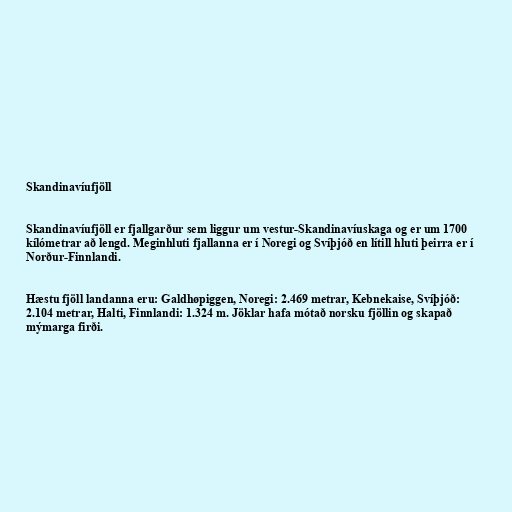
Skandinavíufjöll

Skandinavíufjöll er fjallgarður sem liggur um vestur-Skandinavíuskaga og er um 1700
kílómetrar að lengd. Meginhluti fjallanna er í Noregi og Svíþjóð en lítill hluti þeirra er í
Norður-Finnlandi.

Hæstu fjöll landanna eru: Galdhøpiggen, Noregi: 2.469 metrar, Kebnekaise, Svíþjóð:
2.104 metrar, Halti, Finnlandi: 1.324 m. Jöklar hafa mótað norsku fjöllin og skapað
mýmarga firði.